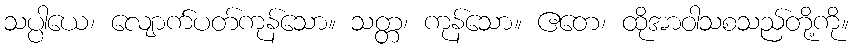
သပ္ပါယေ၊ လျောက်ပတ်ကုန်သော။ သတ္တ၊ ကုန်သော။ ဧတေ၊ ထိုအာဝါသစသည်တို့ကို။